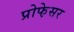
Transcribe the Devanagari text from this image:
प्रोफे़सर